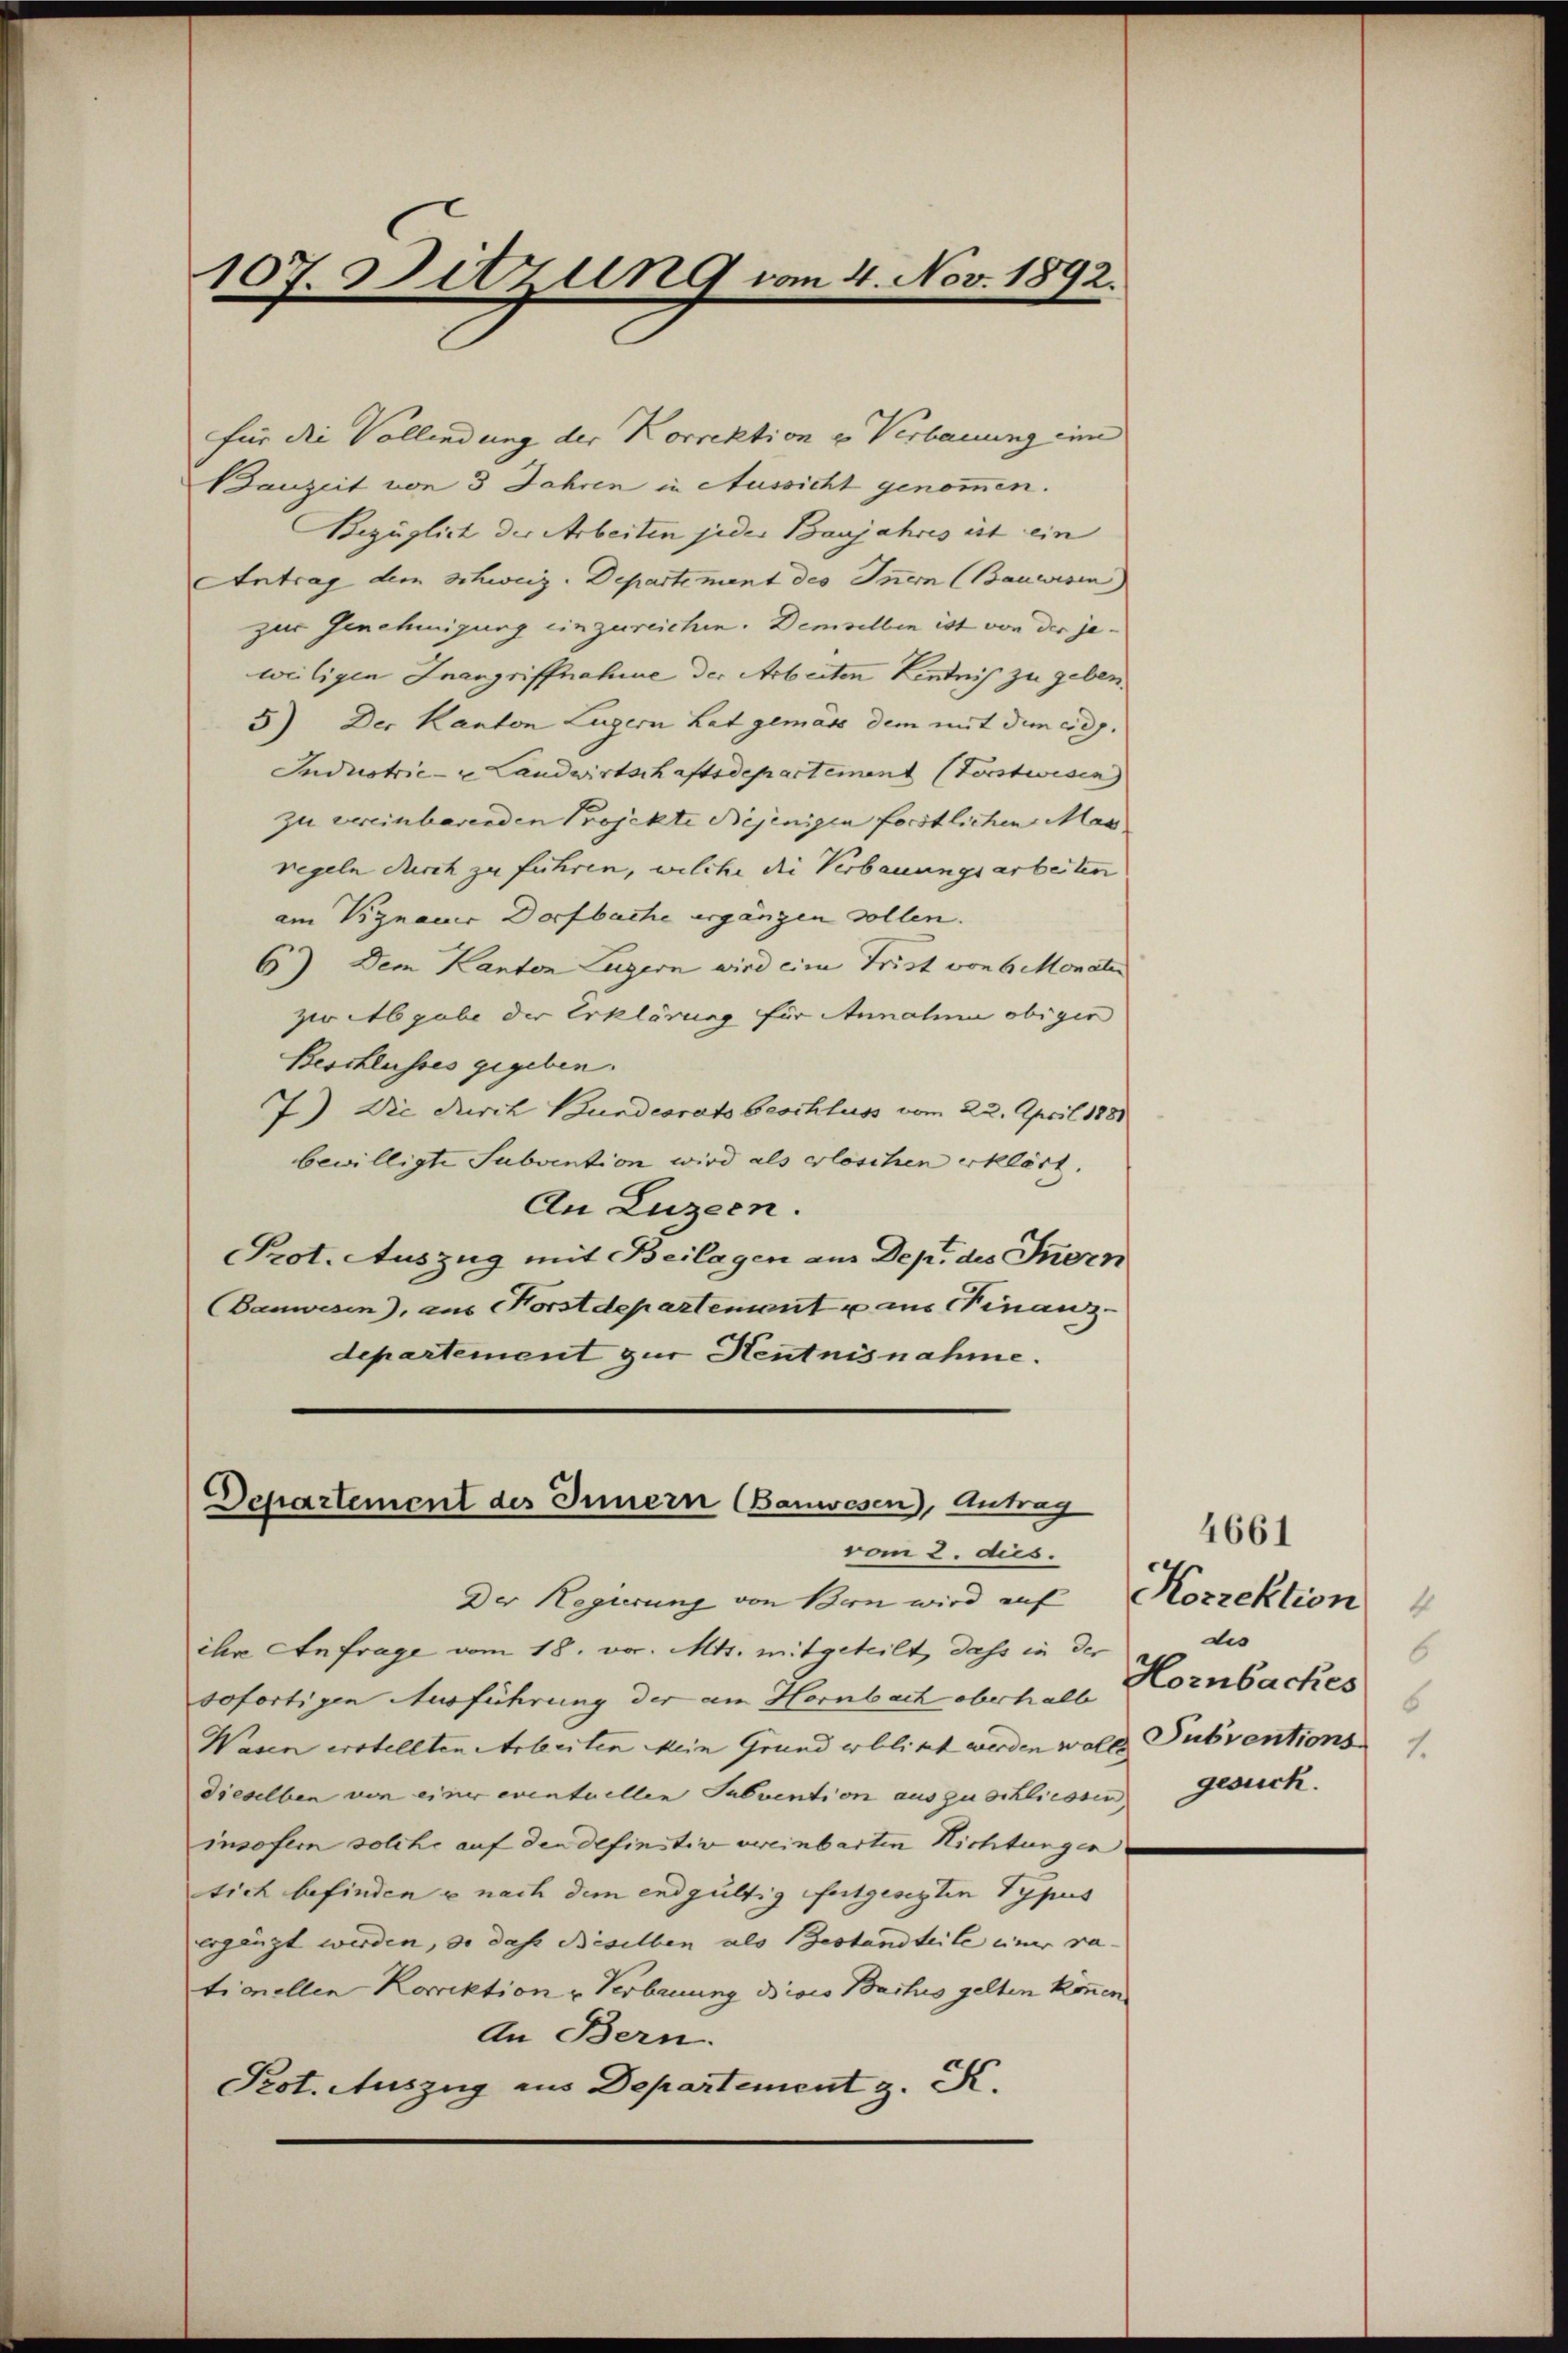
107. Ditzung vom 4. Nov. 1892.

Bauzeit von 3 Jahren in Aussicht genommen.
Bezüglich der Arbeiten jeder Banjahres ist ein
Antrag dem Schweiz. Departement des Innern (Bauwesen
zur Genehmigung einzureichen. Demselben ist von der jeweiligen Inangriffnahme der Arbeiten Lindnis zu geben.
5) Der Kanton Luzern hat gemäss dem mit dem eidg.
Industrie- u Landwirtschaftsdepartement (Forstwisen)
zu vereinbarenden Projekte Bejenigen forstlichen Mas
regeln durch zu führen, welche die Verbauungsarbeiten
am Viznaue Dorfbache ergängen sollen.
6) Dem Kanton Luzern wird eine Frist von 6 Monaten
zir Abgabe der Erklärung für Annahme obiger
Beschlusses gegeben.
7) Die durch Bundesrats beschluss vom 22. April 1888
bewilligte Subvention wird als erloschen erklärt.
An Luzern.
Prot. Auszug mit Beilagen am Dep. des Innern
Banwesen), aus Horstdepartement u aus Finanz-
departement zur Hentnisnahme.

für die Vollendung der Korrektion u Verbauung ein

Departement des Innern (Bauwesen, Antrag
vom 2. dus.

Der Regierung von Bon wird auf Korrektion
ihre Anfrage vom 18. vor. Mts. mitgeteilt, dass in der
sofortigen Ausführung der am Hornbach oberhalb
Wasen erstellten Arbeiten Mein Grund erblitzt werden wolle Subventions
dieselben von einer eventuellen Subvention auszuschliessen Gesuch
insofern solche auf den definitiv vereinbarten Richtungen
tich befinden u nach dem endgültig festgesezten Typus
ergänzt werden, so das Beselben als Bestandteile einer ra-
tionellen Korrektion u Verbauung dises Bactis gelten können.
An Bern.
Prot. Auszug aus Departement z. K.

4661
dis
6
Hornbackes
6